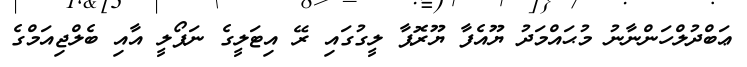
ޢަބްދުލްހަންނާނު މުޙައްމަދު ޔޫއެފާ ޔޫރޮޕާ ލީގުގައި ރޭ އިޓަލީގެ ނަޕޯލީ އާއި ބެލްޖިއަމްގެ